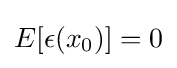
E[\epsilon (x_{0})]=0